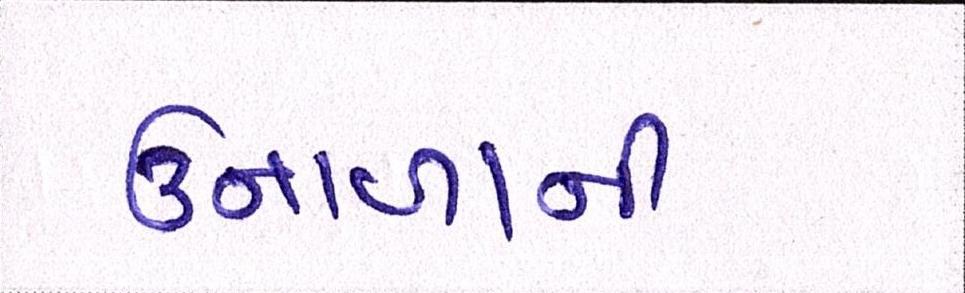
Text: ઉનાળાની